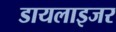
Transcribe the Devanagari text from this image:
डायलाइजर